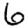
Digit: 6